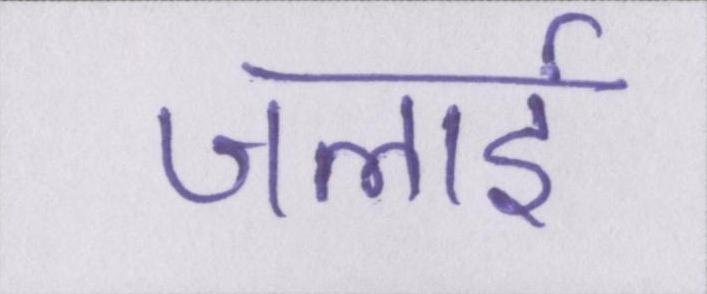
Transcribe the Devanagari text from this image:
जलाई